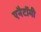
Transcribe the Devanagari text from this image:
एनैटॉमी